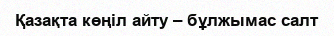
Қазақта көңіл айту – бұлжымас салт